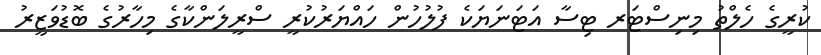
ކުރީގެ ހެލްތު މިނިސްޓަރ ޓިސާ އަޓަނަޔަކެ ފުލުހުން ހައްޔަރުކުރީ ސްރީލަންކާގެ މިހާރުގެ ބޮޑުވަޒީރު